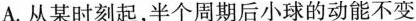
A.从某时刻起，半个周期后小球的动能不变